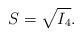
LaTeX: \begin{align*}S=\sqrt{I_4}.\end{align*}